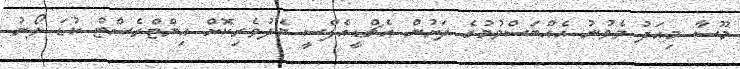
މޫސާ މިއަދު ވެވުނު އެއްބަސްވުމުގެ ދަށުން އެޗްޑީއެފްސީ މެދުވެރިކޮށް އިންޓްރެސްޓް ކުޑަ ލޯނު